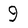
Character: 9